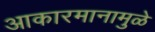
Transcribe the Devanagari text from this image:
आकारमानामुळे